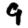
Digit: 9